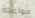
مواعدة